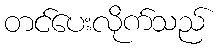
တင်ပေးလိုက်သည်